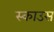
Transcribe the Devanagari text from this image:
स्काउस